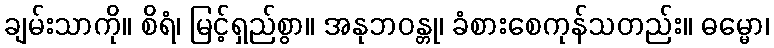
ချမ်းသာကို။ စိရံ၊ မြင့်ရှည်စွာ။ အနုဘဝန္တု၊ ခံစားစေကုန်သတည်း။ ဓမ္မော၊